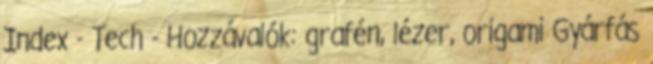
Index - Tech - Hozzávalók: grafén, lézer, origami Gyárfás